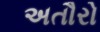
અતૌરો